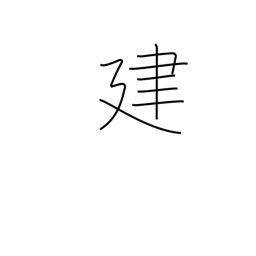
Meaning: build